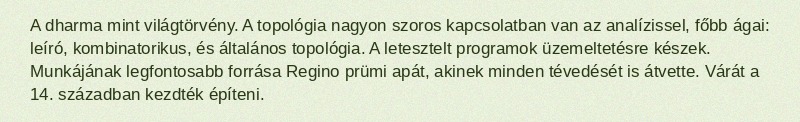
A dharma mint világtörvény. A topológia nagyon szoros kapcsolatban van az analízissel, főbb ágai: leíró, kombinatorikus, és általános topológia. A letesztelt programok üzemeltetésre készek. Munkájának legfontosabb forrása Regino prümi apát, akinek minden tévedését is átvette. Várát a 14. században kezdték építeni.